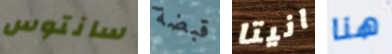
سانتوس قبضة انيتا هنا